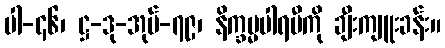
ပါ-၄၆၊ ဋ္ဌ-ဒု-အုပ်-၇၉၊ နိက္ခမ္မပါရမီကို ချီးကျူးခန်း။